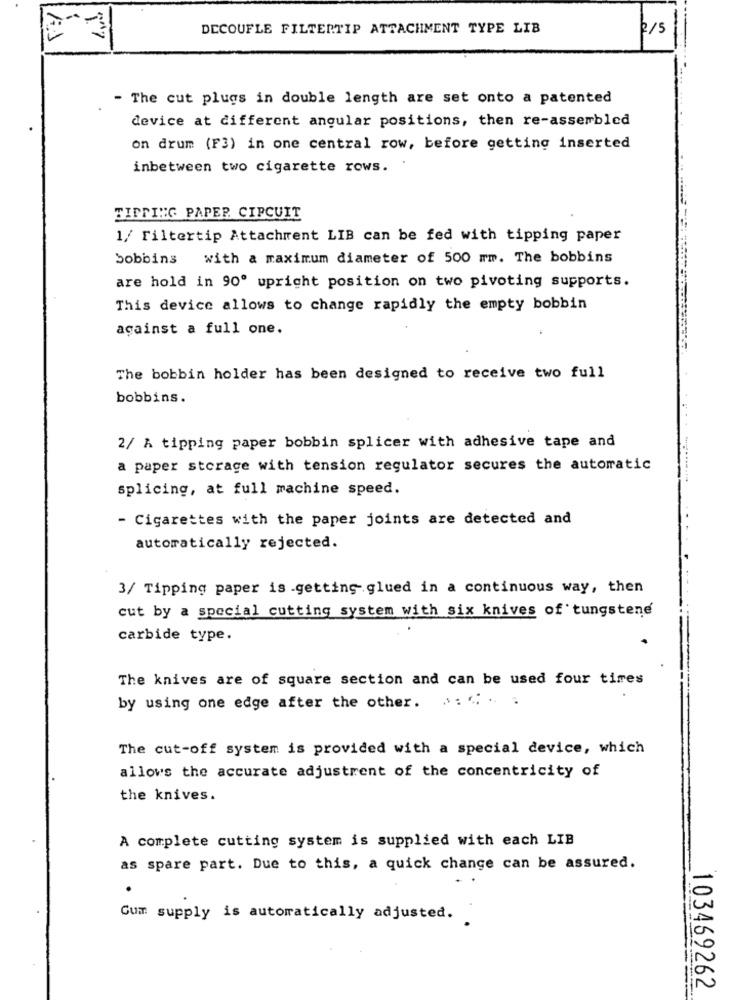
DECOUFLE FILTERTIP ATTACHMENT TYPE LIB
2/5
- The cut plugs in double length are set onto a patented
device at different angular positions, then re-assembled
on drum (F3) in one central row, before getting inserted
inbetween two cigarette rows.
TIPPING PAPER CIRCUIT
1/ Filtertip Attachment LIB can be fed with tipping paper
bobbins with a maximum diameter of 500 mm. The bobbins
are hold in 90º upright position on two pivoting supports.
This device allows to change rapidly the empty bobbin
against a full one.
The bobbin holder has been designed to receive two full
bobbins.
2/ A tipping paper bobbin splicer with adhesive tape and
a paper storage with tension regulator secures the automatic
splicing, at full machine speed.
- Cigarettes with the paper joints are detected and
automatically rejected.
3/ Tipping paper is .getting glued in a continuous way, then
cut by a special cutting system with six knives of tungstene
carbide type.
The knives are of square section and can be used four tires
by using one edge after the other. .. . .
The cut-off system is provided with a special device, which
allows the accurate adjustrent of the concentricity of
the knives.
A complete cutting system is supplied with each LIB
as spare part. Due to this, a quick change can be assured.
Gum supply is automatically adjusted.
103469262